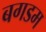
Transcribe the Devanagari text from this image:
बगडम